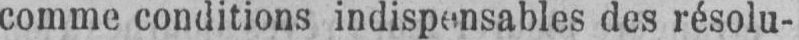
comme conditions indispensables des résolu-